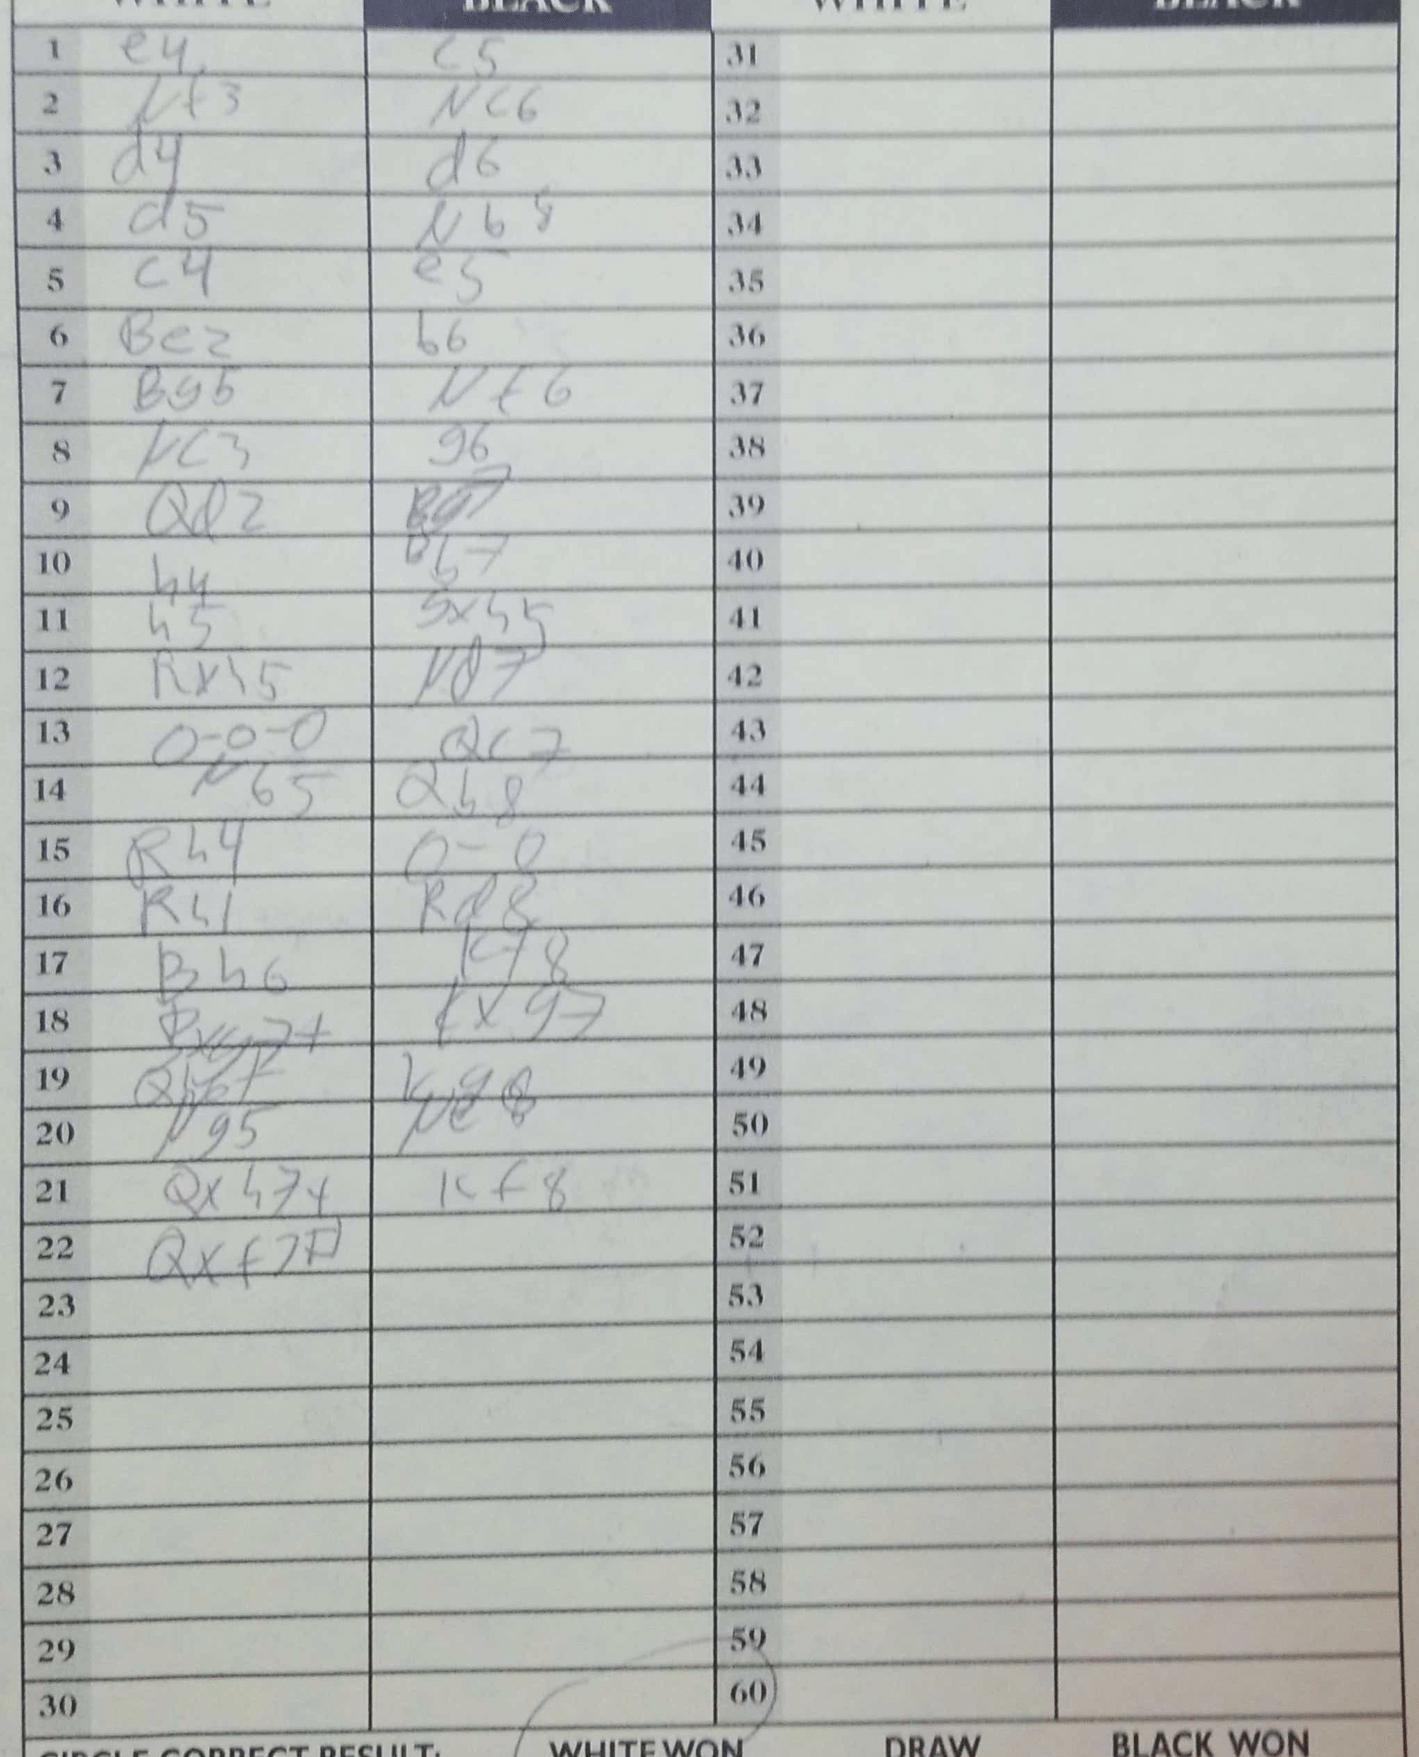
Moves: e4 c5 Nf3 Nc6 d4 d6 d5 Nb8 c4 e5 Be2 b6 Bg5 Nf6 Nc3 g6 Qd2 Bg7 h4 Bb7 h5 gxh5 Rxh5 Nd7 O-O-O Qc7 Nb5 Qb8 Rh4 O-O Rh1 Rd8 Bh6 Kf8 Bxg7+ Kxg7 Qh6+ Kg6 Ng5 Ne8 Qxh7+ Kf8 Qxf7+